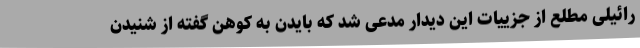
رائیلی مطلع از جزییات این دیدار مدعی شد که بایدن به کوهن گفته از شنیدن